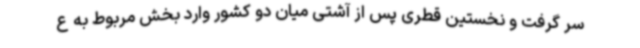
سر گرفت و نخستین قطری پس از آشتی میان دو کشور وارد بخش مربوط به ع